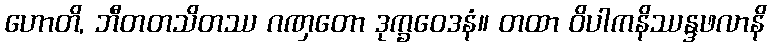
ဟောတိ, ဘီတတသိတဿ ဂဏှတော ဒုက္ခဝေဒနံ။ တထာ ဝိပါကနိဿန္ဒဖလာနိ